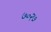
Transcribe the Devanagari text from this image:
७०२७